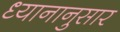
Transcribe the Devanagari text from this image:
ध्यानानुसार